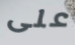
على